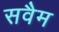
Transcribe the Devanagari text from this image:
सवैम